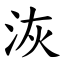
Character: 洃